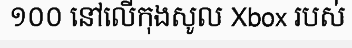
១០០ នៅលើកុងសូល Xbox របស់